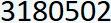
3180502